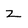
Character: z